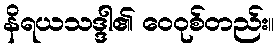
နိရယသဒ္ဒါ၏ ဝေဝုစ်တည်း။